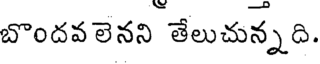
బొందవలెనని తేలుచున్నది.